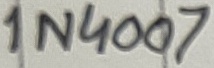
Text: 1N4007